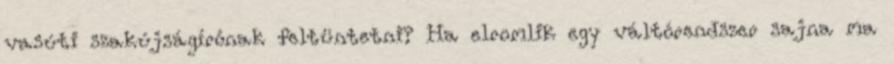
vasúti szakújságírónak feltüntetni? Ha elromlik egy váltórendszer sajna ma